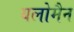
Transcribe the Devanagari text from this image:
यलोमैन